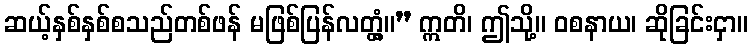
ဆယ့်နှစ်နှစ်စသည်တစ်ဖန် မဖြစ်ပြန်လတ္တံ့။” ဣတိ၊ ဤသို့။ ဝစနာယ၊ ဆိုခြင်းငှာ။